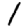
Digit: 1